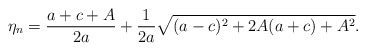
\begin{align*}\eta_n= \frac{a+c+A}{2a}+ \frac{1}{2a}\sqrt{(a-c)^2 +2A(a+c)+A^2}.\end{align*}